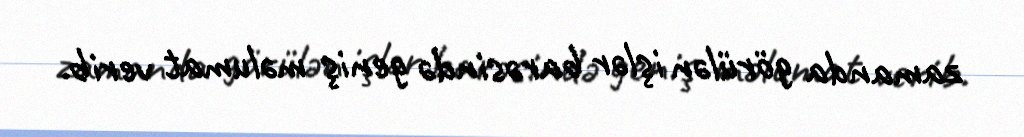
zamanda görülən işlər barəsində geniş məlumat verib.